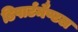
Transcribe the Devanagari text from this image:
डिपार्टमैण्टल